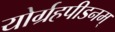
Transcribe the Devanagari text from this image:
योर्ग्रहपीडनम्